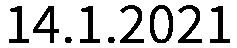
14.1.2021